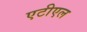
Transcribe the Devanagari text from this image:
एटीएल